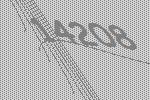
14208